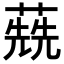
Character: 𦺷